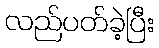
လည်ပတ်ခဲ့ပြီး